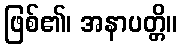
ဖြစ်၏၊ အနာပတ္တိ။